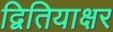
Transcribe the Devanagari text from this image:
द्वितियाक्षर